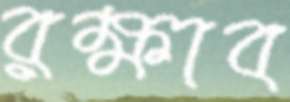
রক্ষাব